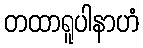
တထာရူပါနာဟံ